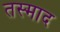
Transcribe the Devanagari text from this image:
तस्माद